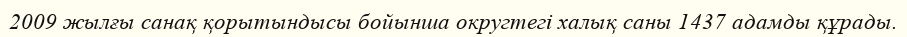
2009 жылғы санақ қорытындысы бойынша округтегі халық саны 1437 адамды құрады.